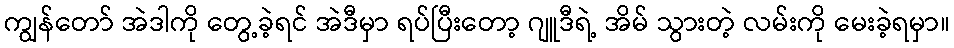
ကျွန်တော် အဲဒါကို တွေ့ခဲ့ရင် အဲဒီမှာ ရပ်ပြီးတော့ ဂျူဒီရဲ့ အိမ် သွားတဲ့ လမ်းကို မေးခဲ့ရမှာ။